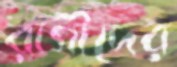
রাগীদের